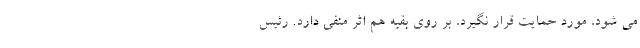
می شود، مورد حمایت قرار نگیرد، بر روی بقیه هم اثر منفی دارد. رئیس